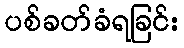
ပစ်ခတ်ခံရခြင်း